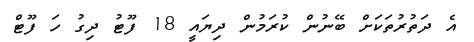
އެ ދަތުރުތަކަށް ބޭނުން ކުރަމުން ދިޔައީ 18 ފޫޓު ދިގު ހަ ފޫޓް